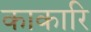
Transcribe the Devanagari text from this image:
काकारि